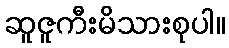
ဆူဇူကီးမိသားစုပါ။